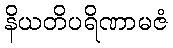
နိယတိပရိဏာမဇံ